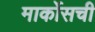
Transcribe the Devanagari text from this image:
मार्कोसची